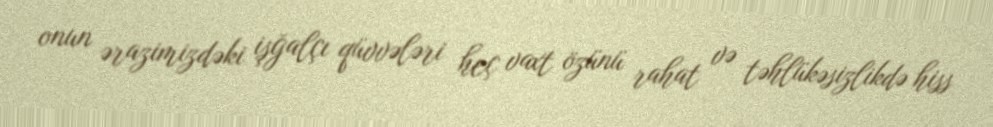
onun ərazimizdəki işğalçı qüvvələri heç vaxt özünü rahat və təhlükəsizlikdə hiss